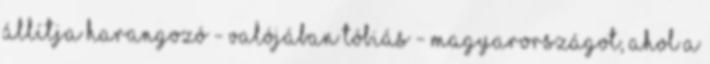
állítja Harangozó - valójában Tóbiás - Magyarországot, ahol a